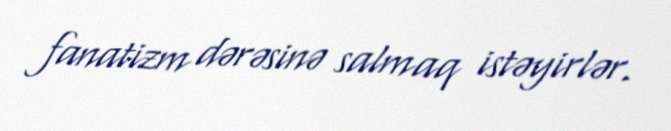
fanatizm dərəsinə salmaq istəyirlər.